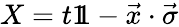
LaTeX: X=t1\! \! 1-{\vec{x}}\cdot{\vec{\sigma}}